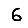
Digit: 6